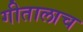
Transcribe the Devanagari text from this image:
गीतालाच